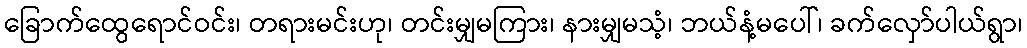
ခြောက်ထွေရောင်ဝင်း၊ တရားမင်းဟု၊ တင်းမျှမကြား၊ နားမျှမသံ့၊ ဘယ်နံ့မပေါ်၊ ခက်လှော်ပါယ်ရွာ၊